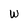
Character: W